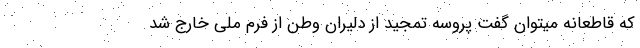
که قاطعانه میتوان گفت پروسه تمجید از دلیران وطن از فرم ملی خارج شد